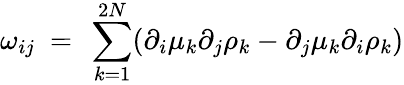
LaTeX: \omega_{ij}\ =\ \sum_{k=1}^{2N}(\partial_{i}\mu_{k}\partial_{j}\rho_{k}-\partial_{j}\mu_{k}\partial_{i}\rho_{k})